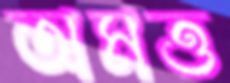
অমত্ত